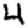
Digit: 4